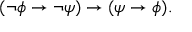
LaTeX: ( \lnot \phi \to \lnot \psi ) \to ( \psi \to \phi ) .